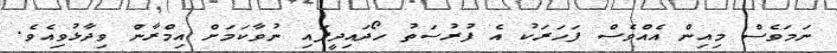
ނަމަވެސް މިއިން އެއްވެސް ފަހަރަކު އެ ފުރުސަތު ހޯދައިދީފައި ނުވާކަމަށް އިމްރާން ވިދާޅުވިއެވެ.